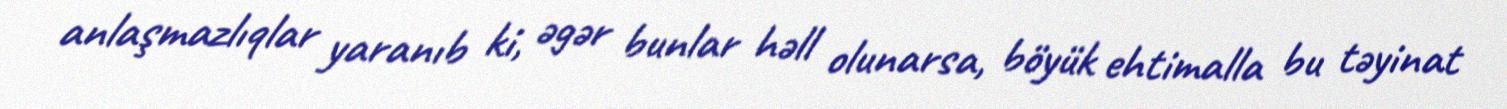
anlaşmazlıqlar yaranıb ki, əgər bunlar həll olunarsa, böyük ehtimalla bu təyinat